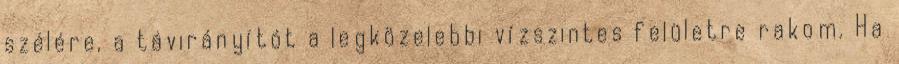
szélére, a távirányítót a legközelebbi vízszintes felületre rakom. Ha